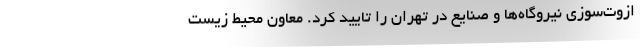
ازوت‌سوزی نیروگاه‌ها و صنایع در تهران را تایید کرد. معاون محیط زیست